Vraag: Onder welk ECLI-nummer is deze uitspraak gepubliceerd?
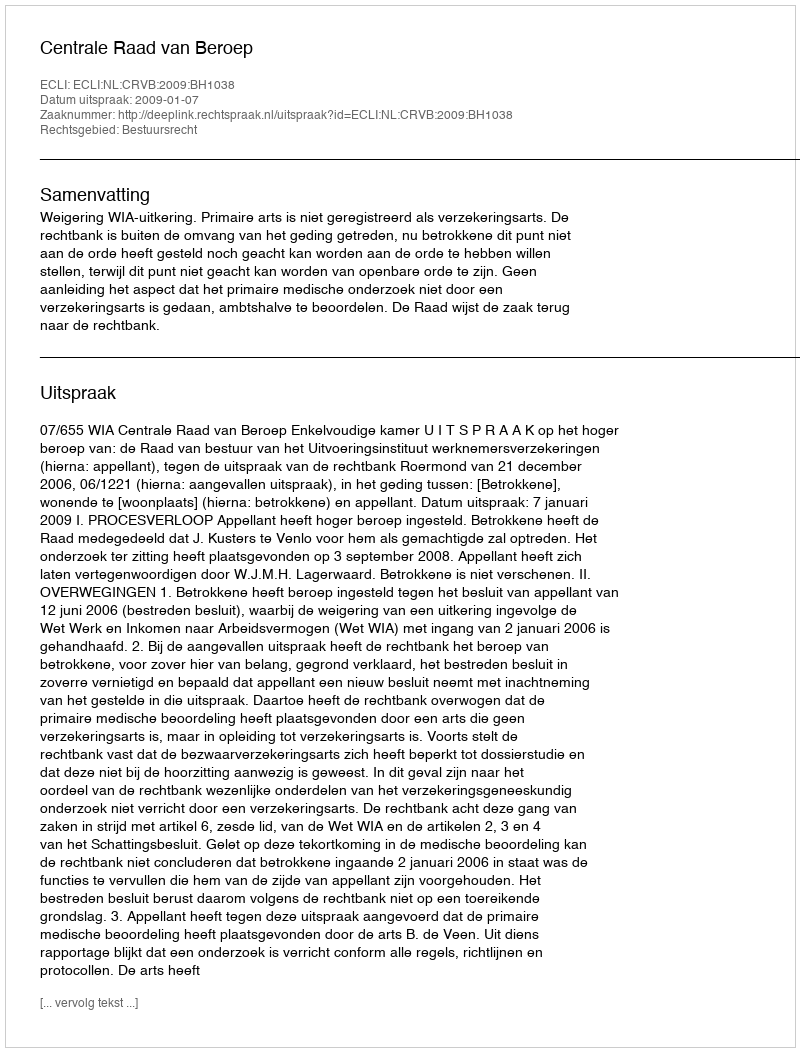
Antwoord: ECLI:NL:CRVB:2009:BH1038